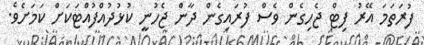
ފުރަތަމަ އޭރު ފިޓް ޖެހިގެން ވެސް ފުރައިގެން ދާން ޖެހުނީ ކުޅުދުއްފުއްޓަކަށް ކަމަށެވެ.